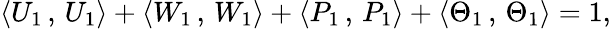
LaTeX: \langle U_{1}\, ,\, U_{1}\rangle+\langle W_{1}\, ,\, W_{1}\rangle+\langle P_{1}\, ,\, P_{1}\rangle+\langle\Theta_{1}\, ,\, \Theta_{1}\rangle=1,